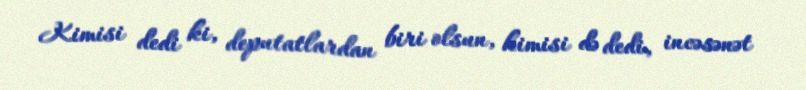
Kimisi dedi ki, deputatlardan biri olsun, kimisi də dedi, incəsənət